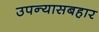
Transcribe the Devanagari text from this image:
उपन्यासबहार